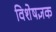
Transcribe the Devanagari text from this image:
विशेषज्ञक